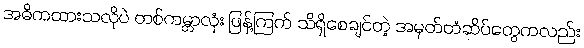
အဓိကထားသလိုပဲ တစ်ကမ္ဘာလုံး ဖြန့်ကြက် သိရှိစေချင်တဲ့ အမှတ်တံဆိပ်တွေကလည်း